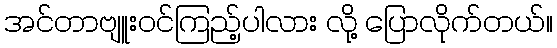
အင်တာဗျူးဝင်ကြည့်ပါလား လို့ ပြောလိုက်တယ်။